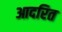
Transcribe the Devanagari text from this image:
आदरित